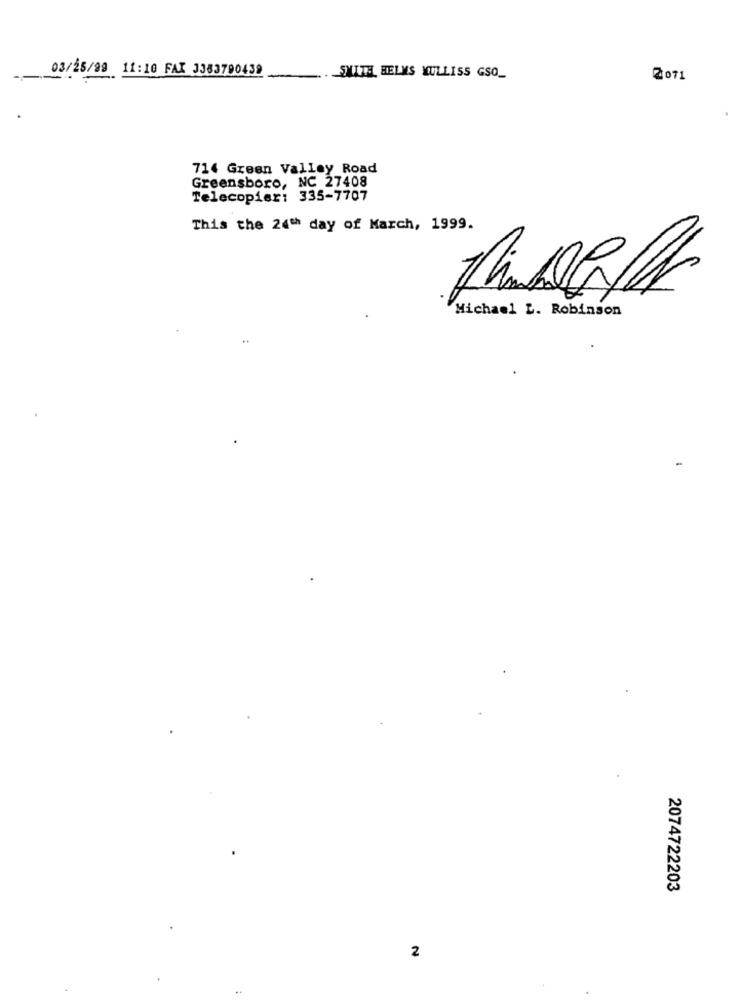
03/25/99 11:10 FAX 3383790439
SMITH, HELMS MULLISS GSO_
2011
714 Green Valley Road
Greensboro, NC 27408
Telecopier: 335-7707
This the 24th day of March, 1999.
Michael L. Robinson
2074722203
2